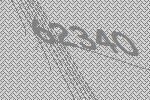
62340